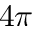
4 \pi